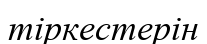
тіркестерін